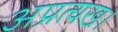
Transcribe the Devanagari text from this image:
अप्रत्यख।